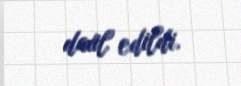
daxil edildi.